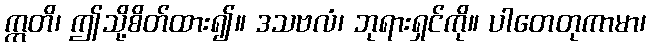
ဣတိ၊ ဤသို့စိတ်ထား၍။ ဒသဗလံ၊ ဘုရားရှင်ကို။ ပါတေတုကာမာ၊